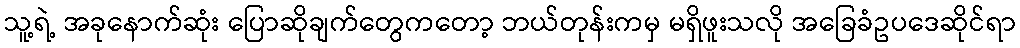
သူ့ရဲ့ အခုနောက်ဆုံး ပြောဆိုချက်တွေကတော့ ဘယ်တုန်းကမှ မရှိဖူးသလို အခြေခံဥပဒေဆိုင်ရာ